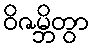
ဝိဇမ္ဘိတွာ